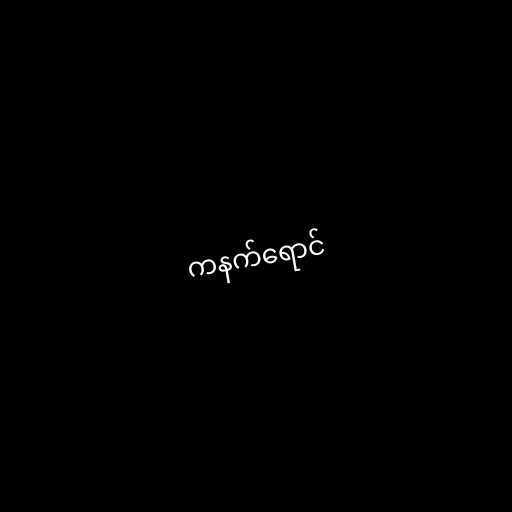
ကနက်ရောင်